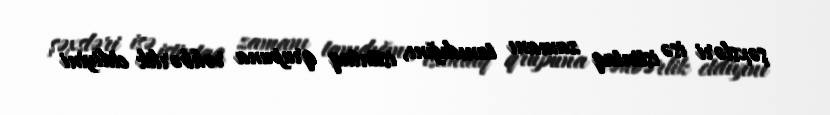
şəxsləri isə istintaq zamanı tanıdığını, istintaq qrupuna rəhbərlik etdiyini